Lock hospitals Punjab
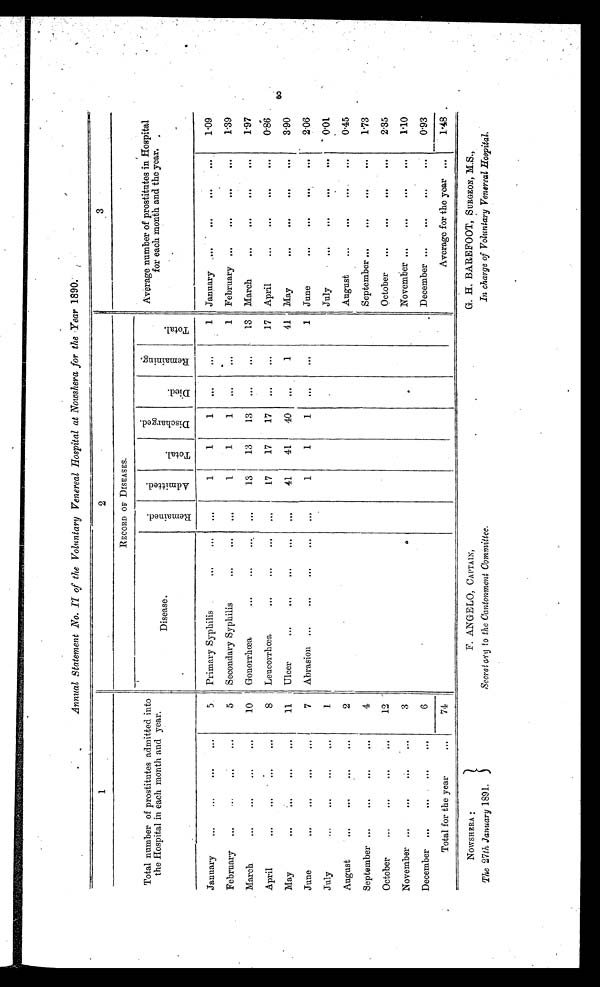
NOWSHERA :
The 27th January 1891.
F. ANGELO, CAPTAIN,
Secret ary to the Cantonment Committee.
G. H. BAREFOOT, SURGEON, M.S.,
In charge of Voluntary Venereal Hospital
Annual Statement No. II of the Voluntary Venereal Hospital at Nowshera for the Year 1890.
1
2
3
Total number of prostitutes admitted into
the Hospital in each month and year.
RECORD OF DISEASES.
Average number of prostitutes in Hospital
for each month and the year.
Disease.
R e m a i n e d .
A d m i t t e d .
T o t a l .
D i s c h a r g e d .
D i e d .
R e m a i n i n g .
T o t a l .
January
...
...
. . .
...
5
Primary Syphilis
...
. . .
. . .
1
1
1
. . .
...
1
January
...
. . .
...
. . .
1.09
February
...
...
...
. . .
5
Secondary Syphilis
. . .
. . .
...
1
1
1
...
. . .
1
February ...
. . .
...
. . .
1 . 3 9
March
...
...
. . .
. . .
10
Gonorrhœa
. . .
. . .
. . .
. . .
13
13
13
...
. . .
13 March
...
. . .
...
. . .
1.97
April
. . .
. . .
. . .
. . .
8
Leucorrhœa
...
. . .
. . .
. . .
17
17
17
...
. . .
17
April
. . .
. . .
...
. . .
0.86
May
. . .
. . .
...
. . .
11
Ulcer
...
. . .
. . .
. . .
. . .
41
41
40
. . .
1
41 May
. . .
. . .
...
. . .
3.90
June
. . .
...
. . .
. . .
7
Abrasion ...
. . .
. . .
. . .
. . .
1
1
1
. . .
. . .
1 June
. . .
. . .
...
. . .
2.06
July
...
...
. . .
. . .
1
July
. . .
. . .
...
. . .
0.01
August
. . .
...
. . .
. . .
2
August
. . .
. . .
...
. . .
0.45
September ...
. . .
. . .
...
4
September ...
. . . ...
. . .
1.73
October
. . .
...
. . .
...
12
October
...
...
...
. . .
2.35
November ...
. . .
. . .
. . .
3
November ...
. . .
...
. . .
1 . 1 0
December ...
...
...
...
6
December ...
. . . ...
. . .
0.93
Total for the year
...
74
Average for the year ...
1 . 4 8